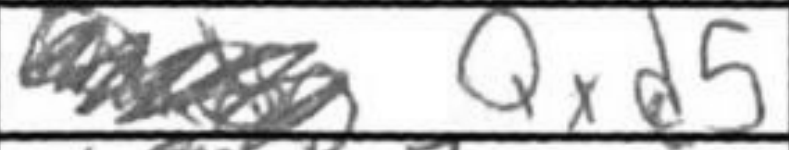
Transcription: Qxd5